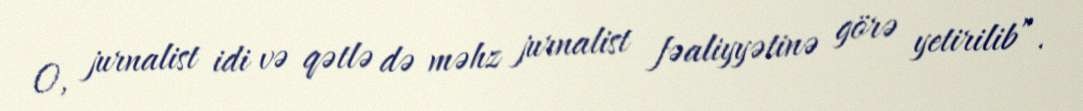
O, jurnalist idi və qətlə də məhz jurnalist fəaliyyətinə görə yetirilib”.